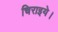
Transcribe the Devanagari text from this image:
चिराइये।